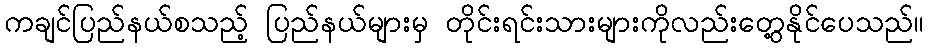
ကချင်ပြည်နယ်စသည့် ပြည်နယ်များမှ တိုင်းရင်းသားများကိုလည်းတွေ့နိုင်ပေသည်။